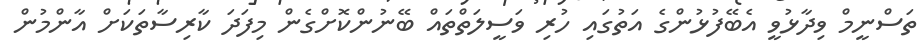
ތަސްނީމް ވިދާޅުވީ އެބޭފުޅުންގެ އަތުގައި ހުރި ވަސީލަތްތައް ބޭނުންކޮށްގެން މިފަދަ ކާރިސާތަކަށް އާންމުން